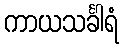
ကာယသင်္ခါရံ